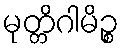
မုတ္တိဂါမိဉ္စ